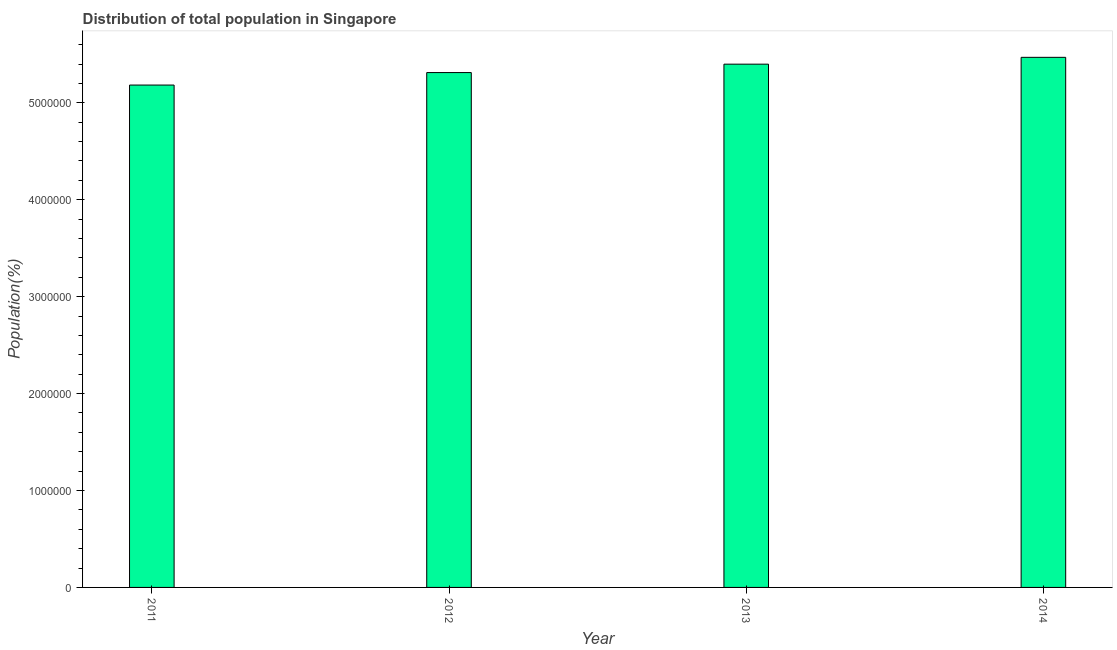
| Year | Total |
 | --- | --- |
 | 2011 | 5.18e+06 |
 | 2012 | 5.31e+06 |
 | 2013 | 5.4e+06 |
 | 2014 | 5.47e+06 |